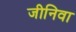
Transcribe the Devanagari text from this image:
जीनिवा